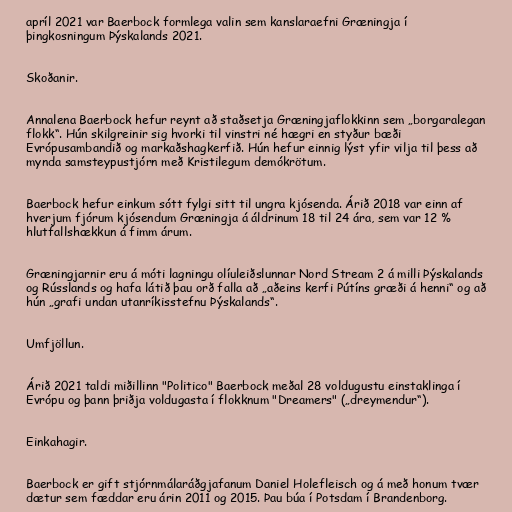
apríl 2021 var Baerbock formlega valin sem kanslaraefni Græningja í
þingkosningum Þýskalands 2021.

Skoðanir.

Annalena Baerbock hefur reynt að staðsetja Græningjaflokkinn sem „borgaralegan
flokk“. Hún skilgreinir sig hvorki til vinstri né hægri en styður bæði
Evrópusambandið og markaðshagkerfið. Hún hefur einnig lýst yfir vilja til þess að
mynda samsteypustjórn með Kristilegum demókrötum.

Baerbock hefur einkum sótt fylgi sitt til ungra kjósenda. Árið 2018 var einn af
hverjum fjórum kjósendum Græningja á áldrinum 18 til 24 ára, sem var 12 %
hlutfallshækkun á fimm árum.

Græningjarnir eru á móti lagningu olíuleiðslunnar Nord Stream 2 á milli Þýskalands
og Rússlands og hafa látið þau orð falla að „aðeins kerfi Pútíns græði á henni“ og að
hún „grafi undan utanríkisstefnu Þýskalands“.

Umfjöllun.

Árið 2021 taldi miðillinn "Politico" Baerbock meðal 28 voldugustu einstaklinga í
Evrópu og þann þriðja voldugasta í flokknum "Dreamers" („dreymendur“).

Einkahagir.

Baerbock er gift stjórnmálaráðgjafanum Daniel Holefleisch og á með honum tvær
dætur sem fæddar eru árin 2011 og 2015. Þau búa í Potsdam í Brandenborg.